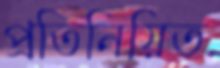
প্রতিনিয়িত